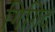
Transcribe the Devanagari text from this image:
गिगिद